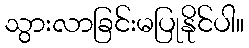
သွားလာခြင်းမပြုနိုင်ပါ။